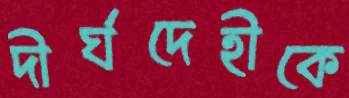
দীর্ঘদেহীকে